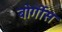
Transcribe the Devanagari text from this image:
बोर्गीस